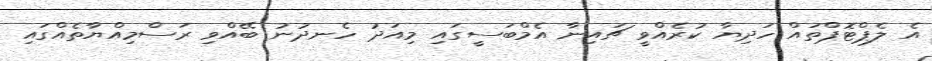
އެ ލެޕްޓޮޕްތައް ހަދިޔާ ކުރެއްވީ ޗައިނާ އެމްބަސީގައި މިއަދު ހެނދުނު ބޭއްވި ރަސްމިއްޔާތެއްގައި